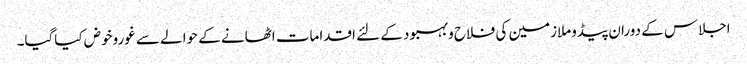
اجلاس کے دوران پیڈوملازمین کی فلاح وبہبود کے لئے اقدامات اٹھانے کے حوالے سے غوروخوض کیاگیا۔